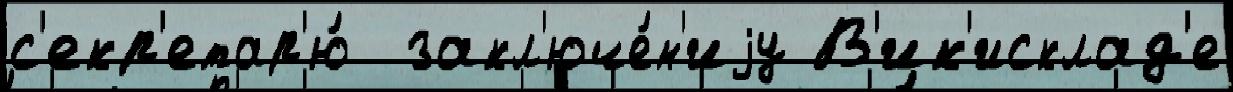
с'екр'етар'ю́  закл'юче́н'иjу В'ик'исклад'е